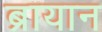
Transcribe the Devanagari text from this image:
ब्रायान